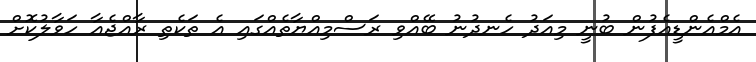
އެމްއެންޑީއެފުން ބުނީ މިއަދު ހެނދުނު ބޭއްވި ރަސްމިއްޔާތެއްގައި އެ ތަކެތި ރާއްޖެއާ ހަވާލުކޮށް